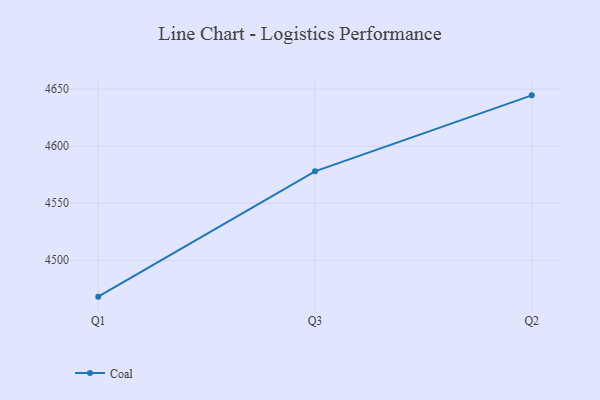
{"axis": {"x": "Quarter", "y": "Shipments"}, "legend": ["Coal"], "data": [{"x": "Q1", "y": 4468.1, "type": "Coal"}, {"x": "Q3", "y": 4578.0, "type": "Coal"}, {"x": "Q2", "y": 4644.6, "type": "Coal"}]}